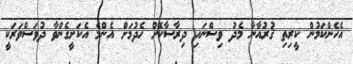
އެހެންކަމުން ކީރިތި ޤުރުއާނާ މެދު ވިސްނައި ދިރާސާކޮށް ހެދުމަށް އެންމެ އެކަށީގެންވާ ދުވަސްވަރަކީ